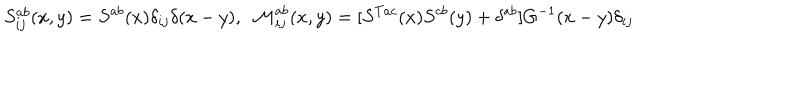
LaTeX: S _ { i j } ^ { a b } ( x , y ) = S ^ { a b } ( x ) \delta _ { i j } \delta ( x - y ) , \ \ { \cal M } _ { i j } ^ { a b } ( x , y ) = [ S ^ { T a c } ( x ) S ^ { c b } ( y ) + \delta ^ { a b } ] G ^ { - 1 } ( x - y ) \delta _ { i j }